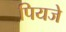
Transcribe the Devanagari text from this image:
पियजे